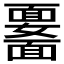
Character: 𩉆